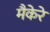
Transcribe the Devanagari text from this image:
मैकेरे